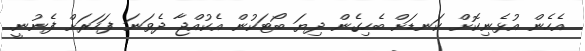
އެހެން އުޅެނިކޮށް ކަނޑަށް ބެހިގެން ދިޔަ ބޯޓަކުން އެކުއްޖާ ދެވަނަ ފަހަރަށް ފެނުނީ.